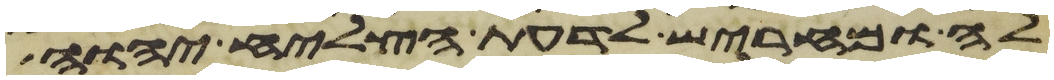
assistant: לה ומחריש לדעת הצליח יהוה